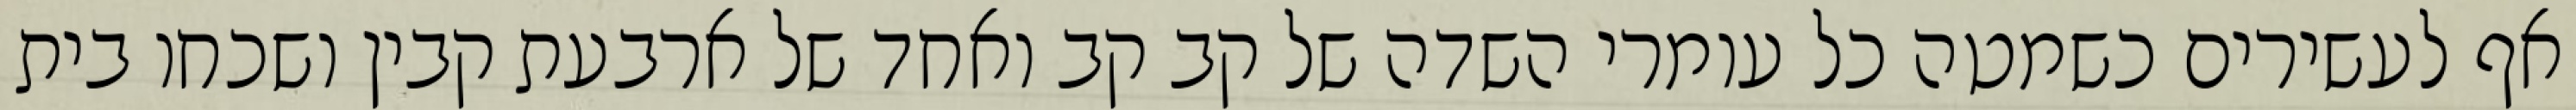
אף לעשירים כשמטה כל עומרי השדה של קב קב ואחד של ארבעת קבין ושכחו בית